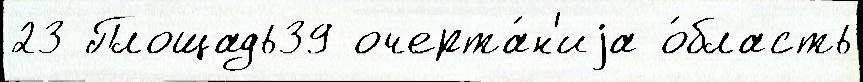
23 Площадь39 очерта́н'иjа о́бласть